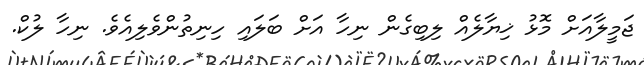
ޖަމީލާއަށް މޮޅު ޚިޔާލެއް ލިބިގެން ނިހާ އަށް ބަލައި ހިނިތުންވެލިއެވެ. ނިހާ ލުކް.